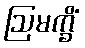
ဩမက္ခိံ